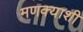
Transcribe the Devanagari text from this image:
मणक्याशी